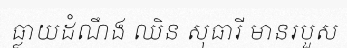
ធ្លាយដំណឹង ឈិន សុធារី មានរបួស